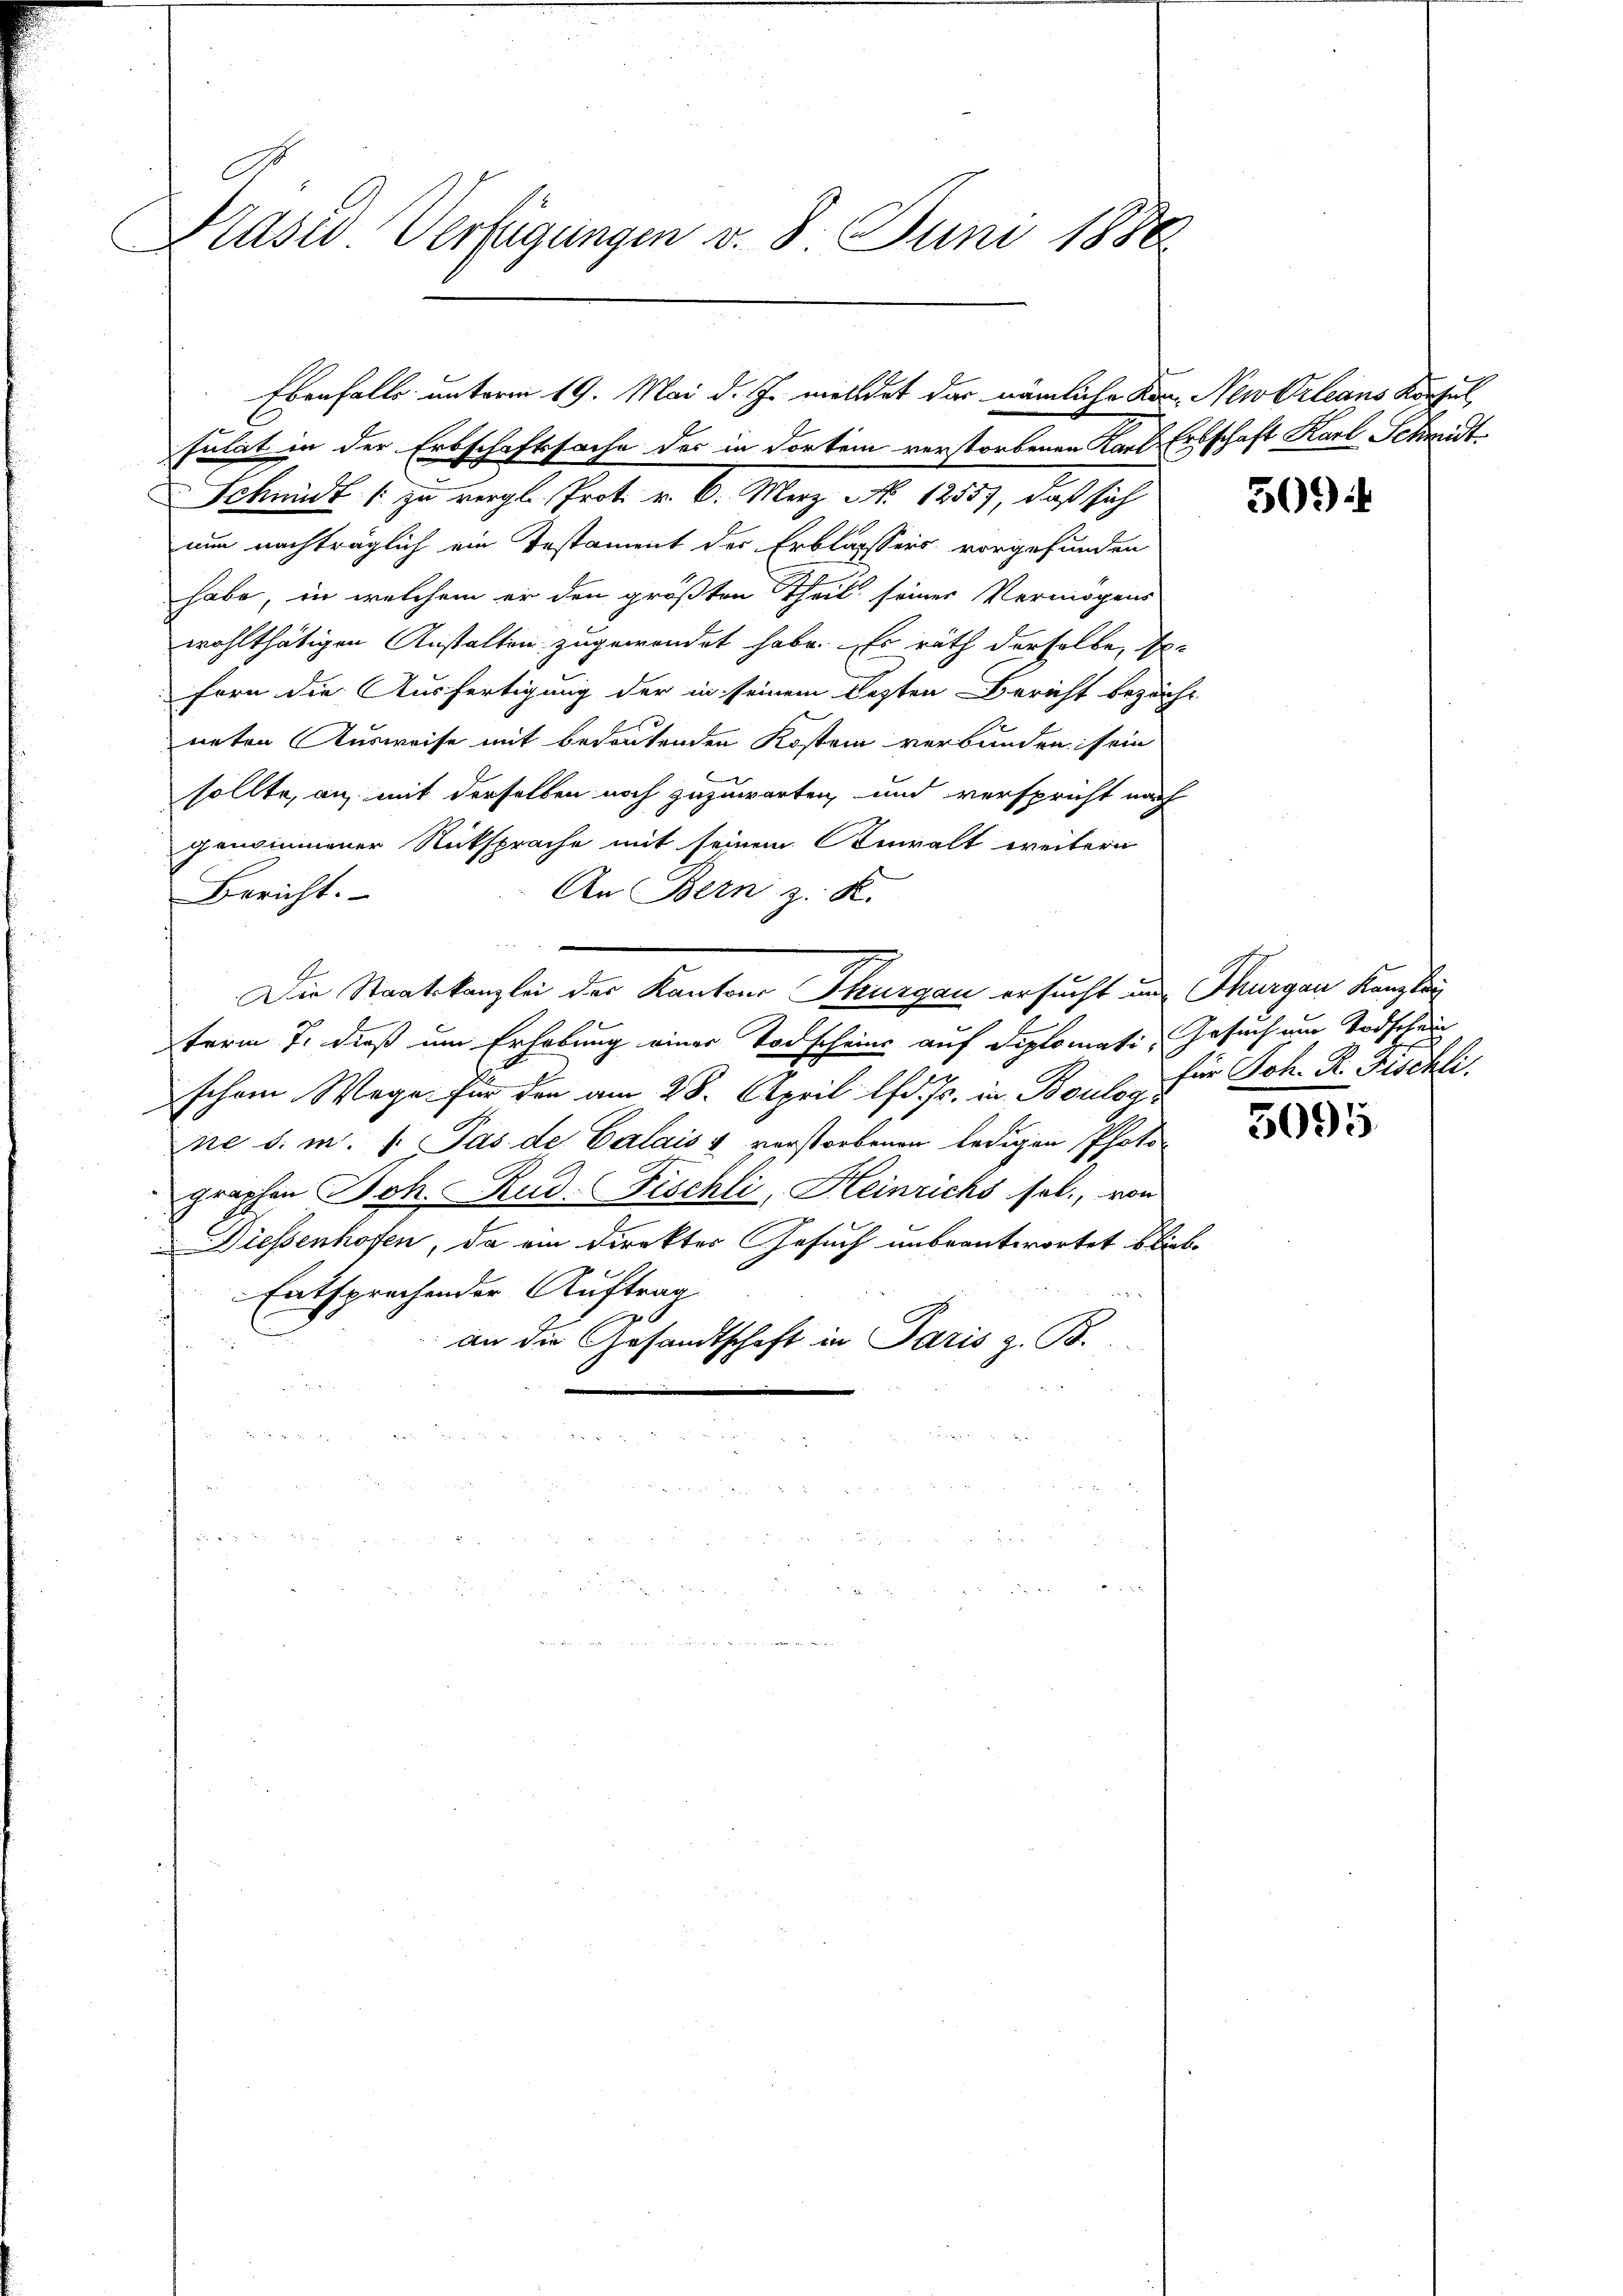
Praser Verfügungen v. 8. Juni 1888

Schmidt / zu vergl. Prot. v. 6. Merz No. 1255), daß sich
nun nachträglich ein Testament der Erblassers vorgefunden
habe, in welchem er den größten Theil seiner Vermögens
wohlthätigen Anstalten zugewendet habe. Es rath derselbe, soforn die Ausfertigung der in seinem lezten Bericht bezeicht
neten Ausweise mit bedeutenden Kosten verbunden sein
sollte, an mit derselben noch zuzuwarten und verspricht nach
genommener Rücksprache mit seinem Anwalt weitern
An Bern z. K.
Bericht.
Die Staatskanzlei der Kantons Thurgau ersucht in Flurgen Kanzlei
term 7. dieß um Erhebung einer Todscheins auf Diplomati, Gesuch um Todschau
schem Wege für den am 28. April lfd. Js. in Boule für Joh. R. Fischli
ne S. m. s. Pas de Calais & verstorbenen ledigen Photo
graphen Joh. Rud. Fischli, Heinrichs soll., von
Diessenhofen, da ein Direkter Gesuch unbeantwortet bliebe
Entsprechender Auftrag
.
an die Gesandtschaft in Paris z. B.

Ebenfalls unterm 19. Mai d. Js. meldet das nämliche Kon Newtrleans Konsul
sulat in der Erbschaftssache des in dortei verstorbenen Karl Erbschaft Karl Schmidt¬

509)

5095.